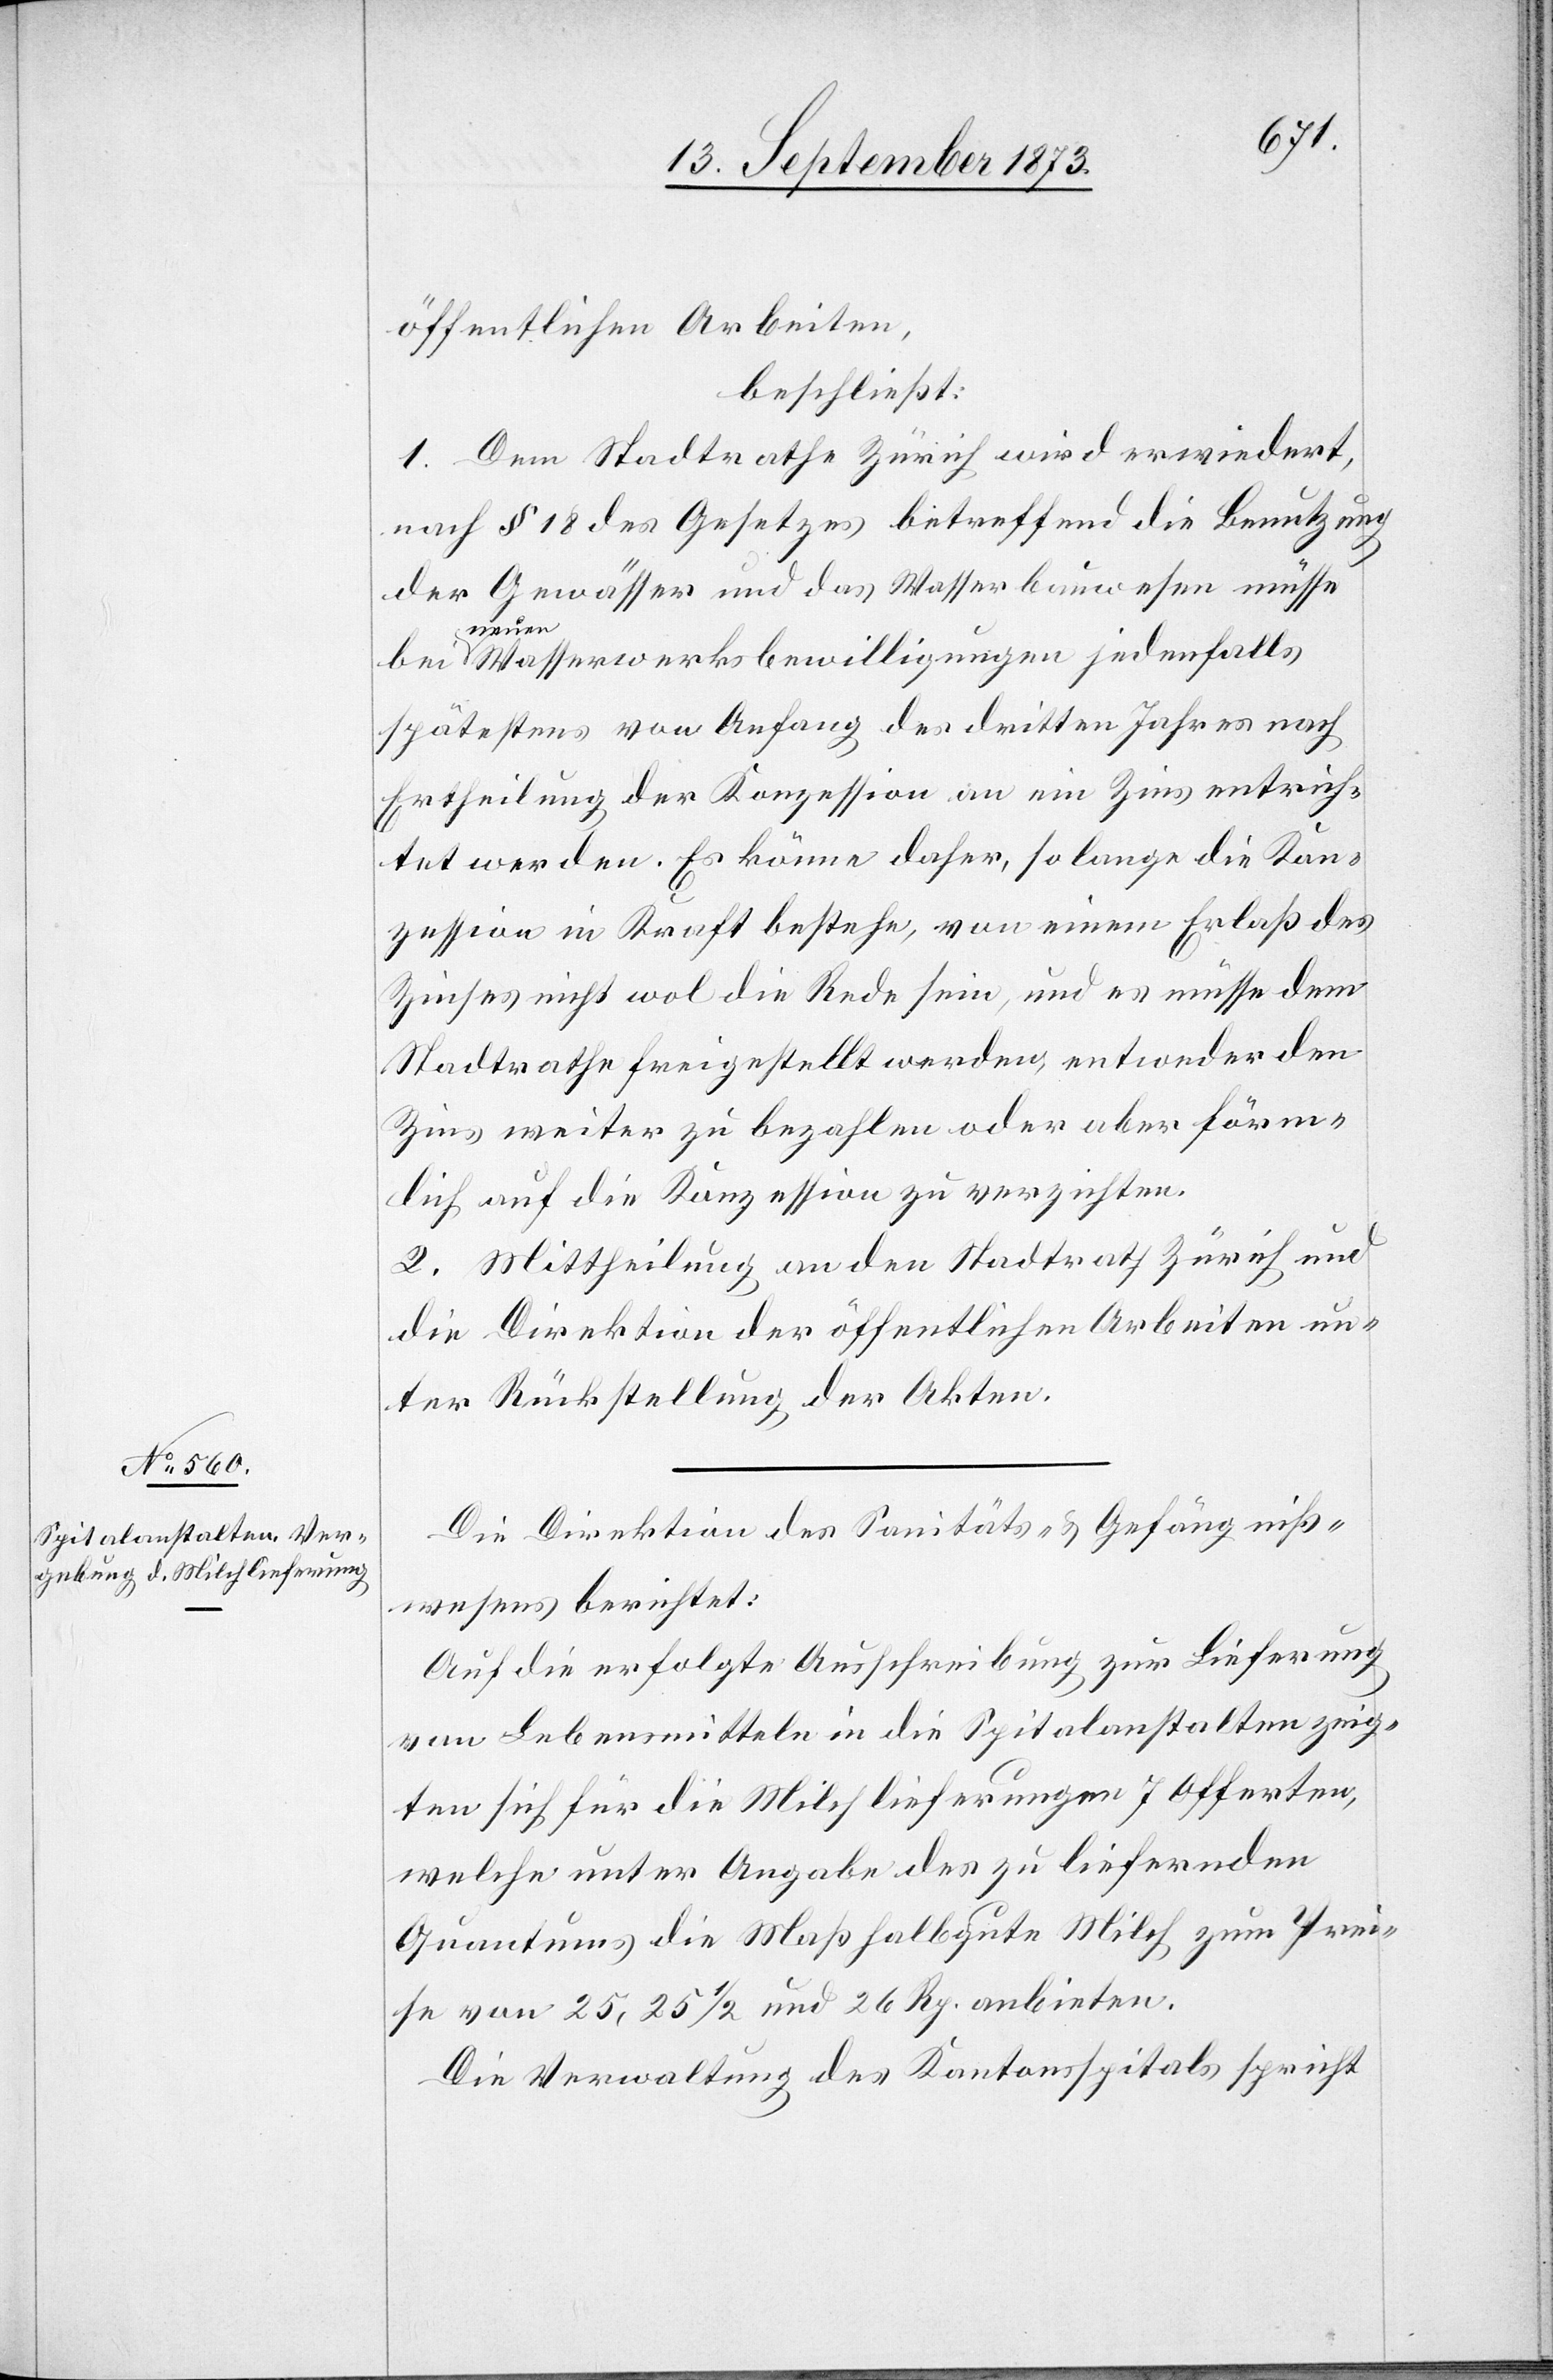
öffentlichen Arbeiten,
beschließt:
1. Dem Stadtrathe Zürich wird erwiedert,
nach § 18 des Gesetzes betreffend die Benutzung
der Gewässer und das Wasserbauwesen müsse
bei neu¬
en Wasserwerksbewilligungen jedenfalls
spätestens von Anfang des dritten Jahres nach
Ertheilung der Konzession an ein Zins entrich¬
tet werden. Es könne daher, so lange die Kon¬
zession in Kraft bestehe, von einem Erlaß des
Zinses nicht wol die Rede sein, und es müsse dem
Stadtrathe freigestellt werden, entweder den
Zins weiter zu bezahlen oder aber förm¬
lich auf die Konzession zu verzichten.
2. Mittheilung an den Stadtrath Zürich und
die Direktion der öffentlichen Arbeiten un¬
ter Rückstellung der Akten.
Die Direktion des Sanitäts- & Gefängniß¬
wesens berichtet:
Auf die erfolgte Ausschreibung zur Lieferung
von Lebensmitteln in die Spitalanstalten zeig¬
ten sich für die Milchlieferungen 7 Offerten,
welche unter Angabe des zu liefernden
Quantums die Maß halbgute Milch zum Prei¬
se von 25, 25 1/2 und 26 Rp. anbieten.
Die Verwaltung des Kantonsspitals spricht